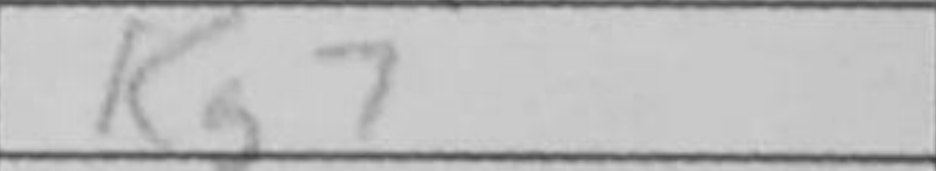
Transcription: Kg7